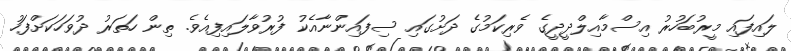
ލައިފައި މީރުބަހުރު އިސްމާއިލްދީދީގެ ވެރިކަމުގެ ދަށުގައި ސިފައިންނާއެކު ފުރުވާލައިފިއެވެ. ތިން ހަތަރު ދުވަހަކަށްފަހު